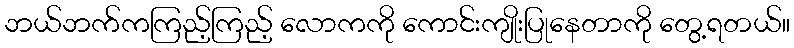
ဘယ်ဘက်ကကြည့်ကြည့် လောကကို ကောင်းကျိုးပြုနေတာကို တွေ့ရတယ်။